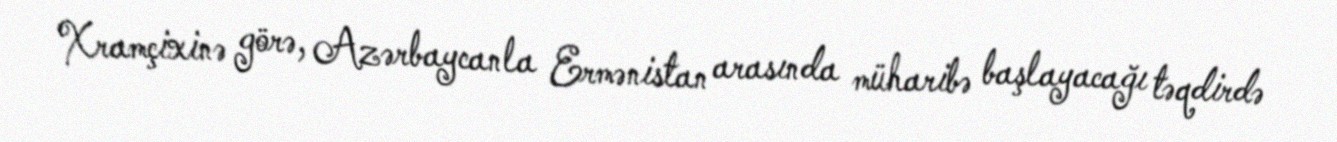
Xramçixinə görə, Azərbaycanla Ermənistan arasında müharibə başlayacağı təqdirdə